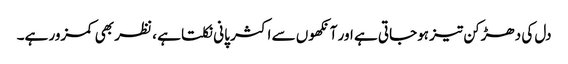
دل کی دھڑکن تیز ہوجاتی ہے اور آنکھوں سے اکثر پانی نکلتا ہے ، نظر بھی کمزور ہے۔